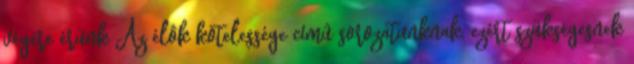
végére érünk Az élôk kötelessége címû sorozatunknak, ezért szükségesnek